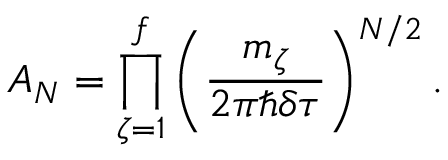
A _ { N } = \prod _ { \zeta = 1 } ^ { f } \left( \frac { m _ { \zeta } } { 2 \pi \hbar \delta \tau } \right) ^ { N / 2 } .